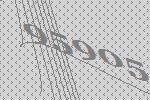
95905